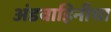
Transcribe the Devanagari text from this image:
अंडवाहिनीचा